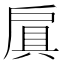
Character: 𫼐